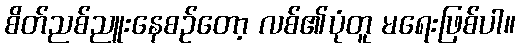
စိတ်ညစ်ညူးနေစဉ်တော့ လစ်၏ပုံတူ မရေးဖြစ်ပါ။